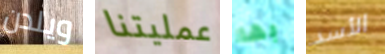
ويلدن عمليتنا بها الأسد